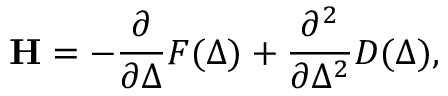
\mathbf { H } = - \frac { \partial } { \partial \Delta } F ( \Delta ) + \frac { \partial ^ { 2 } } { \partial \Delta ^ { 2 } } D ( \Delta ) ,